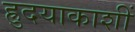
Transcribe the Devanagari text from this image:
ह्रुदयाकाशीं